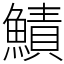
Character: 鰿